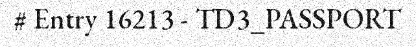
# Entry 16213 - TD3_PASSPORT